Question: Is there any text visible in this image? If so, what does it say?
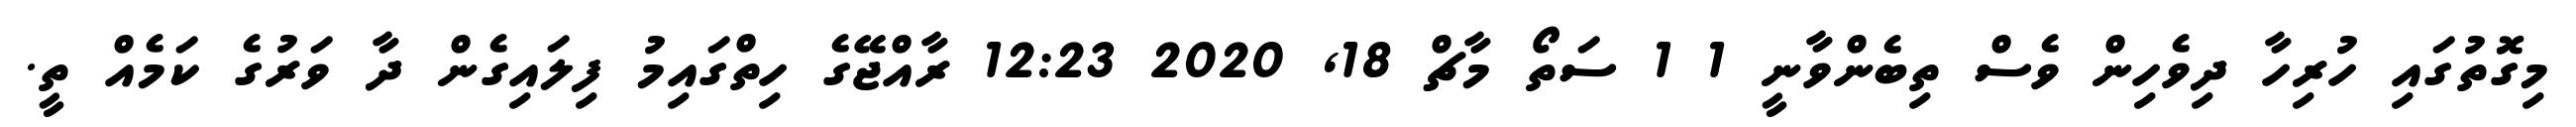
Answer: މިގޮތުގައި ހުރިހާ ދިވެހިން ވެސް ތިބެންވާނީ 1 1 ސަތޯ މާޗް 18, 2020 12:23 ރާއްޖޭގެ ހިތްގައިމު ފިލައިގެން ދާ ވަރުގެ ކަމެއް ތީ.